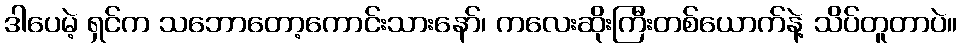
ဒါပေမဲ့ ရှင်က သဘောတော့ကောင်းသားနော်၊ ကလေးဆိုးကြီးတစ်ယောက်နဲ့ သိပ်တူတာပဲ။